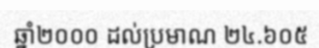
ឆ្នាំ២០០០ ដល់ប្រមាណ ២៤.៦០៥